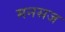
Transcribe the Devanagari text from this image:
मनसज